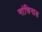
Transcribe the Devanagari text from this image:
नांचिनाड